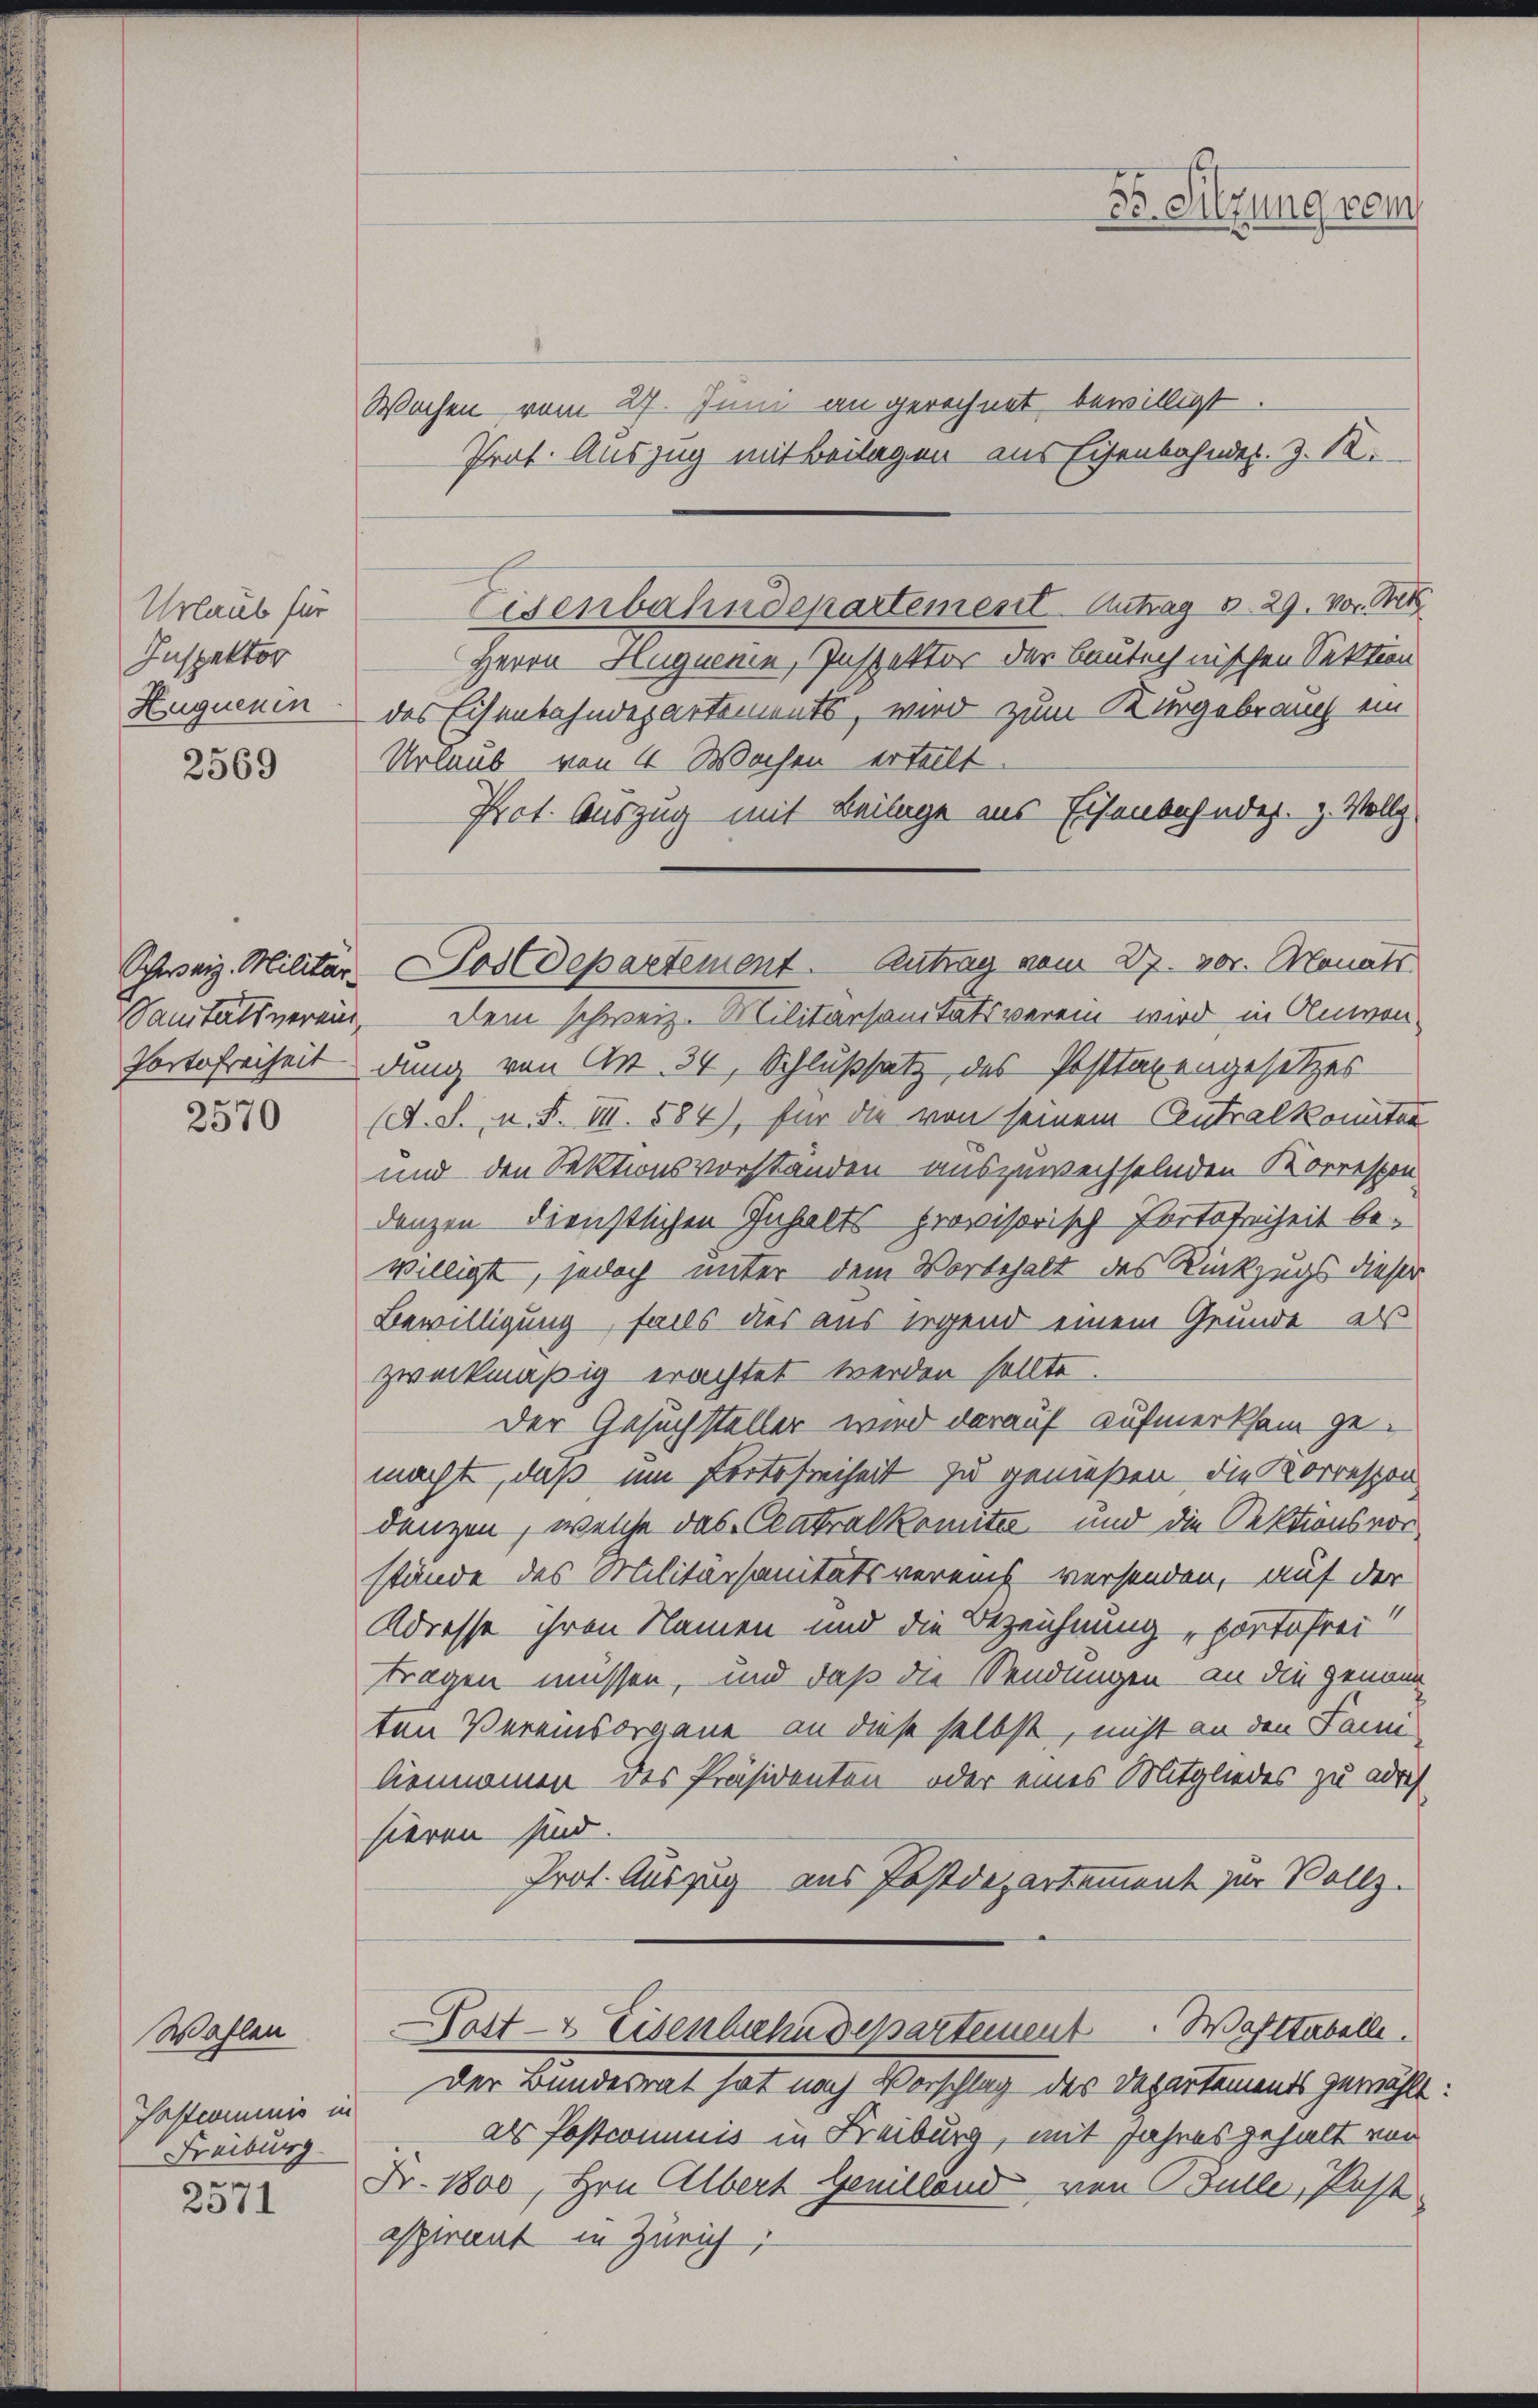
Urlaub für
Inspektor
Euguenin

2569

Schweiz. Militär-

2570

Wahlen
Vakcommis in
Freiburg
e
2511

Wochen vom 27. Juni an gerechnet bewilligt.
Prof. Auszug mit Beilagen aus Eisenbahnder. J. K.
Herrn Hugnenin, Inspektor der Bautechnischen Sektion
des Eisenbahndepartements, wird zum Kurgebrauch ein
Urlaub von 4 Wochen erteilt.
Prot. Auszug mit Beilage aus Eisenbahnder. z. Vollz
SSanitätsverein, dem schweiz. Militärsanitätsverein wird in Anwen¬
Portofreiheit dung von Art. 34, Schlußsatz des Posttaxengesetzes
(A. S., n. F. VII. 584), für die von seinem Antralkomitei
und den Sektionsvorständen auszuwechselnden Korrespon
denzen dienstlichen Inhalts provisorisch Portofreiheit bewilligt, jedoch unter dem Wortehalt des Rückzugs dieser
Bewilligung, falls dies aus irgend einem Grunde als
zweckmäßig erachtet werden sollte.
Der Gesuchsteller wird darauf aufmerksam gemacht, daß um fertefreiheit zu genießen, die Korrespon
denzen, welche das Centralkomitee und die Rektionsvorstände des Militärsanitätsvereinst versenden, auf der
Adresse ihren Namen und die Bezeichnung, portofrei
tragen müssen, und daß die Sendungen, an die genom
ten Vereinsorgane an diese selbst, nicht an den Fami
liennamen des Präsidenten oder eines Mitgliedes zu adrich
hieren sind.
Prot. Auszug aus Postdepartement zur Vollz
Post- & Eisenbahndepartement Waltabelle
Der Bundesrat hat nach Vorschlag des Departements gewählt
als Postcomunis in Freiburg, mit Jahres gehalt von
Fr. 1800, Hrn. Albert Genillend von Bulle, Post
aspirat in Zürich;

Eisenbahndepartement. Antrag v. 29. vor et

5o. Sitzung vom

Postdepartement. Antrag vom 27. 30. Monats